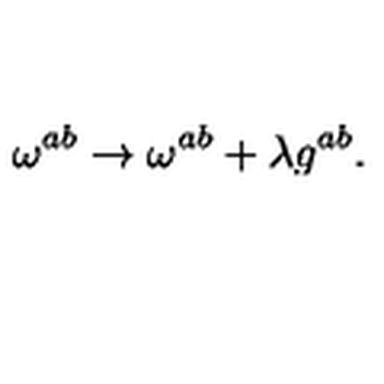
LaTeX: \omega ^ { a b } \rightarrow \omega ^ { a b } + \lambda g ^ { a b } .